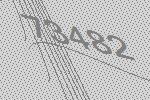
73482